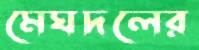
মেঘদলের